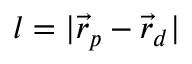
l = | \vec { r } _ { p } - \vec { r } _ { d } |